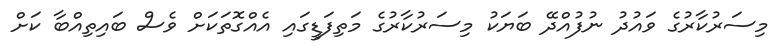
މިސަރުކާރުގެ ވައުދު ނުފުއްދޭ ބަޔަކު މިސަރުކާރުގެ މަތިފަޑީގައި އެއްގޮތަކަށް ވެސް ބައިތިއްބާ ކަށް